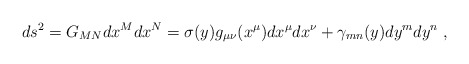
\begin{align*}ds^2 = G_{MN}dx^M dx^N=\sigma(y)g_{\mu\nu}(x^\mu)dx^\mu dx^\nu +\gamma_{mn}(y)dy^mdy^n~, \end{align*}